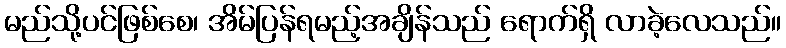
မည်သို့ပင်ဖြစ်စေ၊ အိမ်ပြန်ရမည့်အချိန်သည် ရောက်ရှိ လာခဲ့လေသည်။